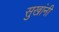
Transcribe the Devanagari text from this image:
सुखांनी